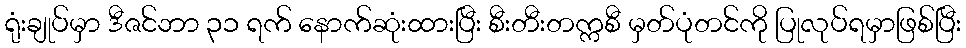
ရုံးချုပ်မှာ ဒီဇင်ဘာ ၃၁ ရက် နောက်ဆုံးထားပြီး စီးတီးတက္ကစီ မှတ်ပုံတင်ကို ပြုလုပ်ရမှာဖြစ်ပြီး